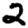
Digit: 2